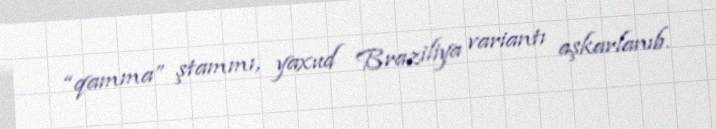
“qamma” ştammı, yaxud Braziliya variantı aşkarlanıb.